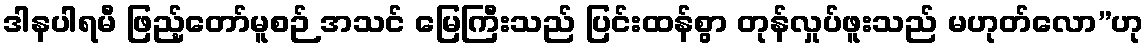
ဒါနပါရမီ ဖြည့်တော်မူစဉ် အသင် မြေကြီးသည် ပြင်းထန်စွာ တုန်လှုပ်ဖူးသည် မဟုတ်လော”ဟု